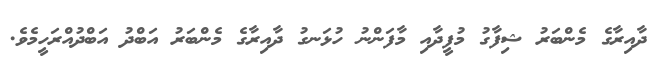
ދާއިރާގެ މެންބަރު ޝިފާގު މުފީދާއި މާފަންނު ހުޅަނގު ދާއިރާގެ މެންބަރު އަބްދު އަބްދުއްރަހީމެވެ.